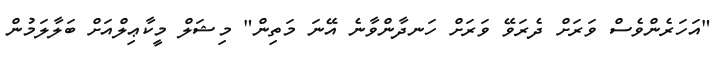
"އަހަރެންވެސް ވަރަށް ދެރަވޭ ވަރަށް ހަނދާންވާނެ އޭނަ މަތިން" މިޝަލް މީކާޢިލްއަށް ބަލާލަމުން